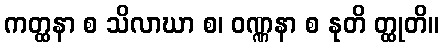
ကတ္ထနာ စ သိလာဃာ စ၊ ဝဏ္ဏနာ စ နုတိ တ္ထုတိ။